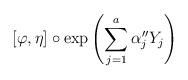
LaTeX: \begin{align*}[\varphi, \eta] \circ {\rm exp}\left( \sum_{j=1}^{a} {\alpha}_{j}'' Y_{j} \right)\end{align*}